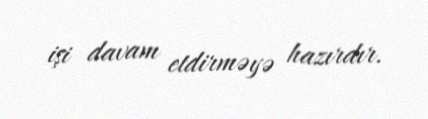
işi davam etdirməyə hazırdır.